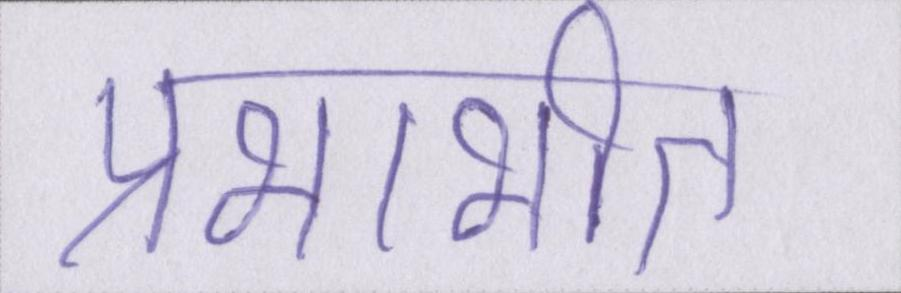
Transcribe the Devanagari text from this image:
प्रभाभीत